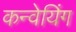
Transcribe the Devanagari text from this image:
कन्वेयिंग